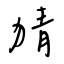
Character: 猜